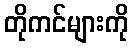
တိုကင်များကို